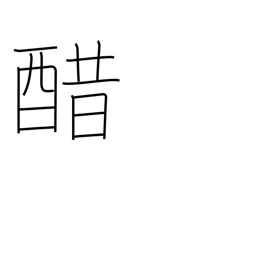
Meaning: vinegar